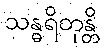
သန္ဓရိတုန္တိ